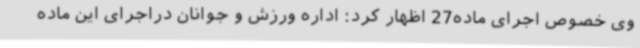
وی خصوص اجرای ماده27 اظهار کرد: اداره ورزش و جوانان دراجرای این ماده